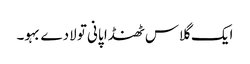
ایک گلاس ٹھنڈا پانی تو لادے بہو۔